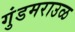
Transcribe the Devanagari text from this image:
गुंडमराउळ